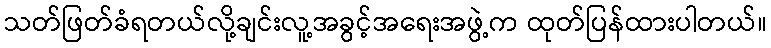
သတ်ဖြတ်ခံရတယ်လို့ချင်းလူ့အခွင့်အရေးအဖွဲ့က ထုတ်ပြန်ထားပါတယ်။